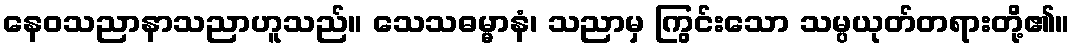
နေဝသညာနာသညာဟူသည်။ သေသဓမ္မာနံ၊ သညာမှ ကြွင်းသော သမ္ပယုတ်တရားတို့၏။